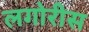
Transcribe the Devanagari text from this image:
लगोरीस